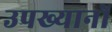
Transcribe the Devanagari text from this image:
उपख्यानों